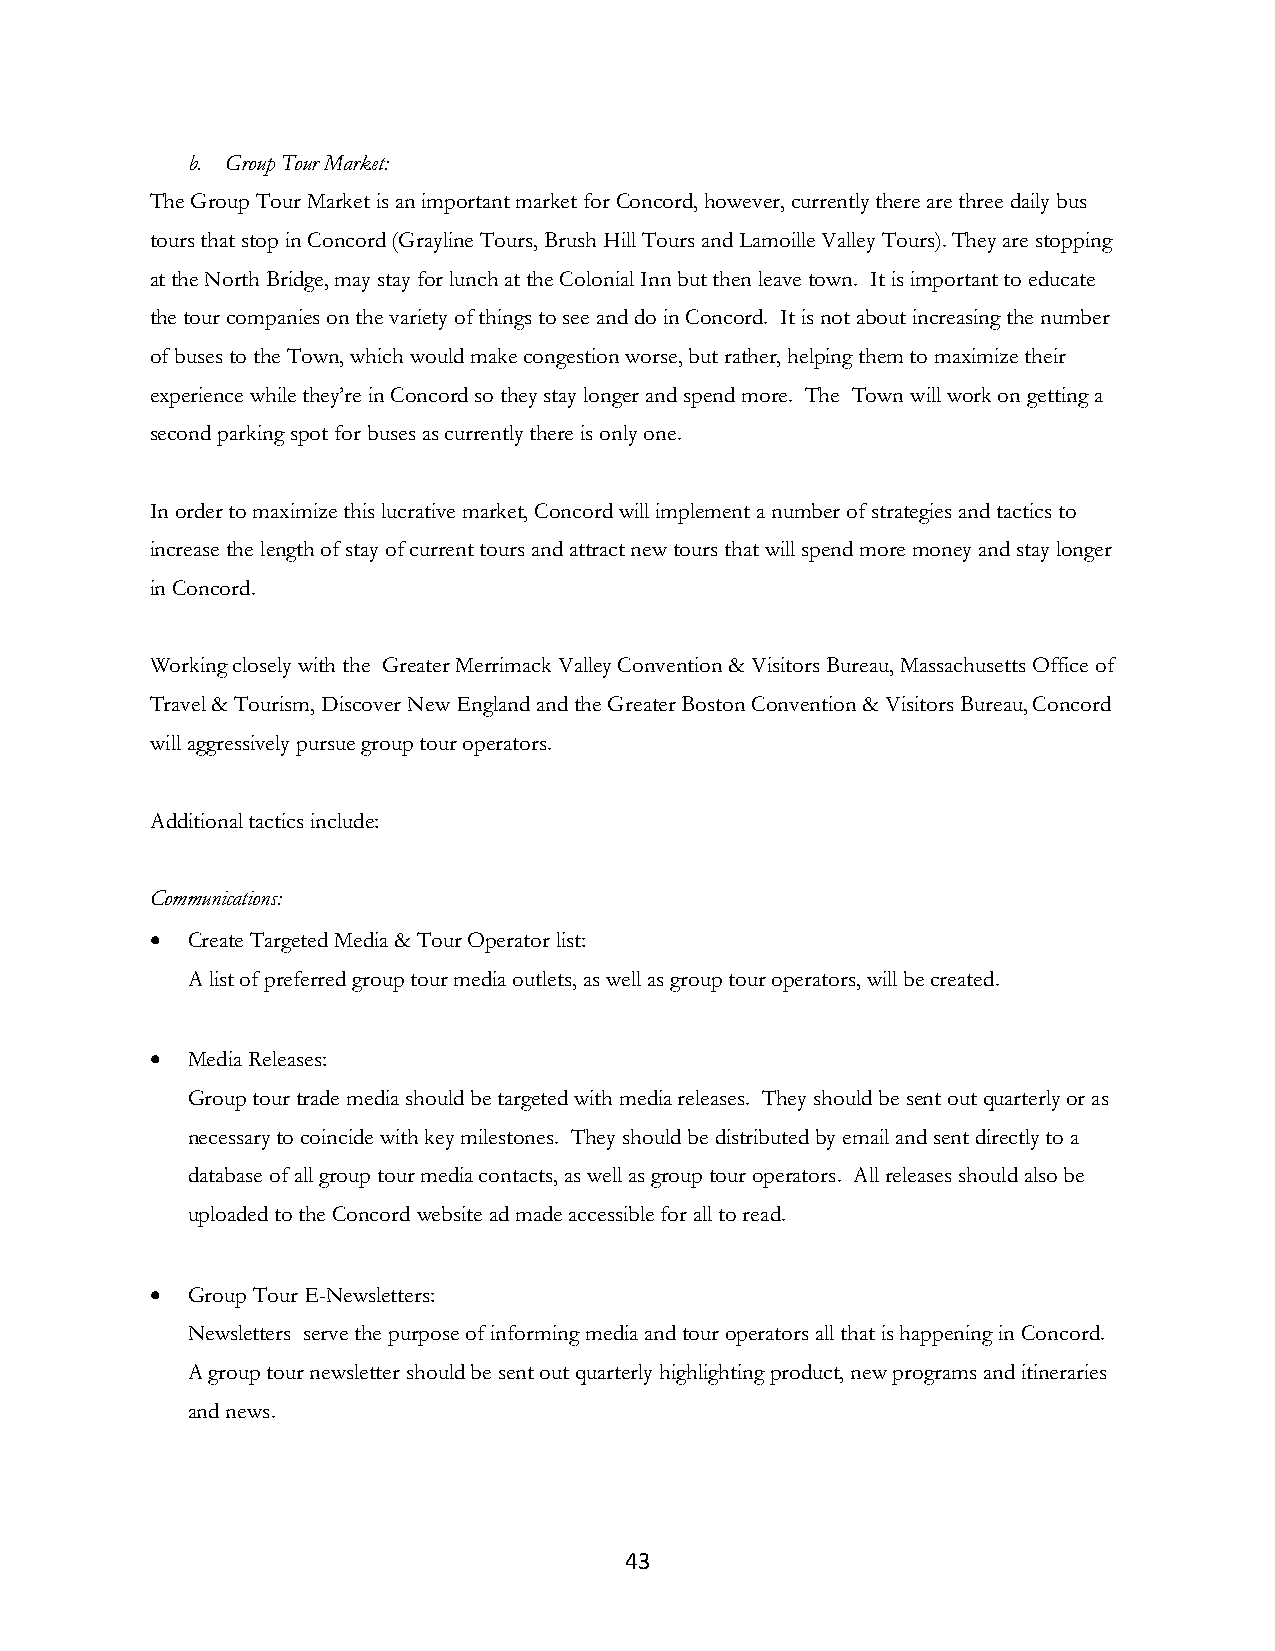
b. Group Tour Market:
 The Group Tour Market is an important market for Concord, however, currently there are three daily bus
 tours that stop in Concord (Grayline Tours, Brush Hill Tours and Lamoille Valley Tours). They are stopping
 at the North Bridge, may stay for lunch at the Colonial Inn but then leave town. It is important to educate
 the tour companies on the variety of things to see and do in Concord. It is not about increasing the number
 of buses to the Town, which would make congestion worse, but rather, helping them to maximize their
 experience while they’re in Concord so they stay longer and spend more. The Town will work on getting a
 second parking spot for buses as currently there is only one.
 In order to maximize this lucrative market, Concord will implement a number of strategies and tactics to
 increase the length of stay of current tours and attract new tours that will spend more money and stay longer
 in Concord.
 Working closely with the Greater Merrimack Valley Convention & Visitors Bureau, Massachusetts Office of
 Travel & Tourism, Discover New England and the Greater Boston Convention & Visitors Bureau, Concord
 will aggressively pursue group tour operators.
 Additional tactics include:
 Communications:
 • Create Targeted Media & Tour Operator list:
 A list of preferred group tour media outlets, as well as group tour operators, will be created.
 • Media Releases:
 Group tour trade media should be targeted with media releases. They should be sent out quarterly or as
 necessary to coincide with key milestones. They should be distributed by email and sent directly to a
 database of all group tour media contacts, as well as group tour operators. All releases should also be
 uploaded to the Concord website ad made accessible for all to read.
 • Group Tour E-Newsletters:
 Newsletters serve the purpose of informing media and tour operators all that is happening in Concord.
 A group tour newsletter should be sent out quarterly highlighting product, new programs and itineraries
 and news.
 43